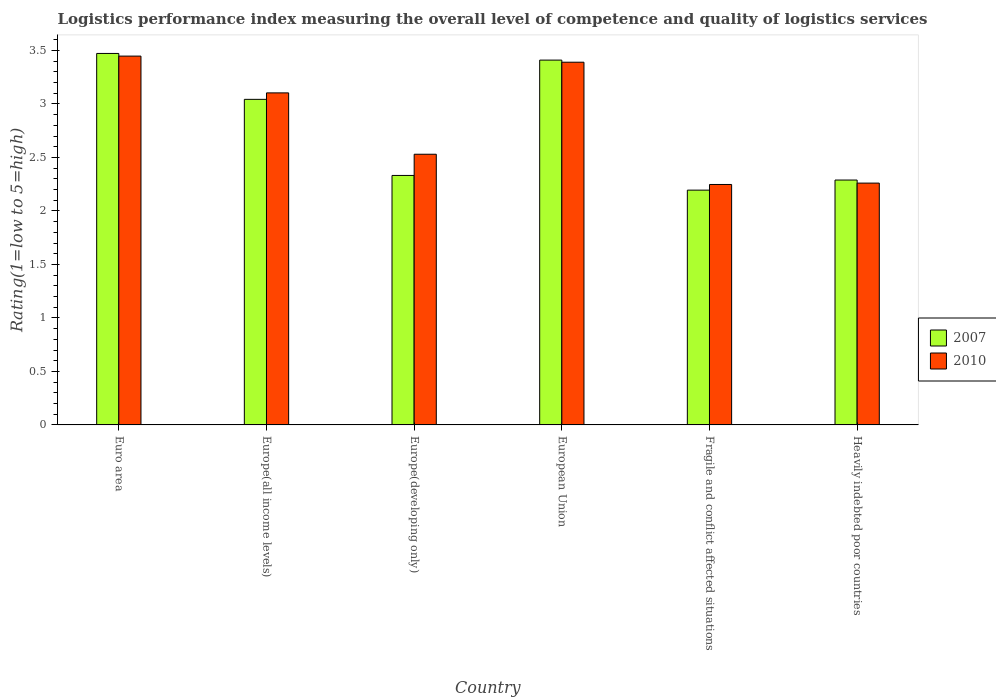
| Country | 2007 | 2010 |
 | --- | --- | --- |
 | Euro area | 3.47 | 3.45 |
 | Europe(all income levels) | 3.04 | 3.1 |
 | Europe(developing only) | 2.33 | 2.53 |
 | European Union | 3.41 | 3.39 |
 | Fragile and conflict affected situations | 2.19 | 2.25 |
 | Heavily indebted poor countries | 2.29 | 2.26 |